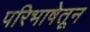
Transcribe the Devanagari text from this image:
परिभाषेतून